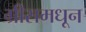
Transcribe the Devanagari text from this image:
ग्रीसमधून